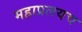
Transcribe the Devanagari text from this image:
महाप्रलयच